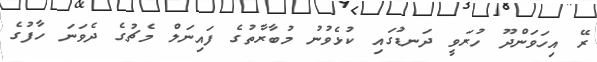
ރޭ އިހަވަންދޫ ހުރަވީ ދަނޑުގައި ކުޅެވުނު މުބާރާތުގެ ފައިނަލް މެޗުގެ ދެވަނަ ހާފުގެ